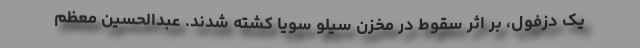
یک دزفول، بر اثر سقوط در مخزن سیلو سویا کشته شدند. عبدالحسین معظم